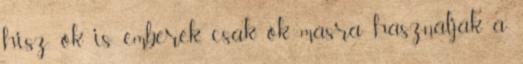
hisz ők is emberek, csak ők másra használják a